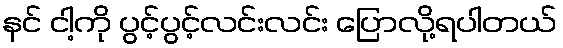
နင် ငါ့ကို ပွင့်ပွင့်လင်းလင်း ပြောလို့ရပါတယ်